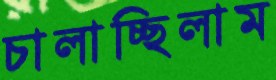
চালাচ্ছিলাম